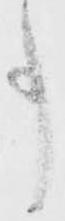
事